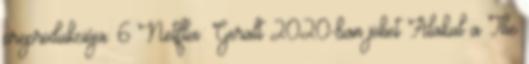
preprodukciója. 6 Netflix: Geralt 2020-ban jöhet Alakul a The